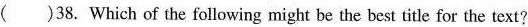
( )38. Which of the following might be the best title for the text?